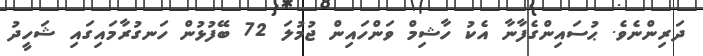
ދަރިންނެވެ. ޙުސައިންގެފާނާ އެކު ހާޝިމް ވަންހައިން ޖުމުލަ 72 ބޭފުޅުން ހަނގުރާމައިގައި ޝަހީދު